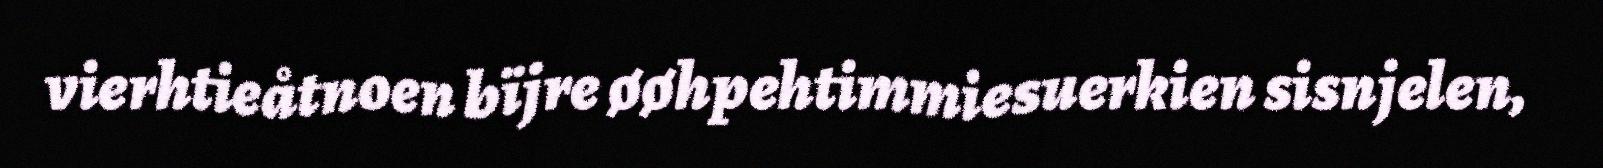
vierhtieåtnoen bïjre øøhpehtimmiesuerkien sisnjelen,